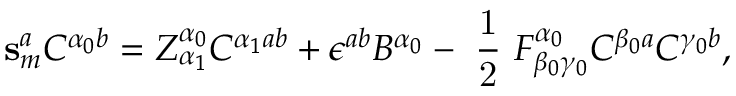
\mathbf { s } _ { m } ^ { a } C ^ { \alpha _ { 0 } b } = Z _ { \alpha _ { 1 } } ^ { \alpha _ { 0 } } C ^ { \alpha _ { 1 } a b } + \epsilon ^ { a b } B ^ { \alpha _ { 0 } } - \mathrm { ~ \frac { 1 } { 2 } ~ } F _ { \beta _ { 0 } \gamma _ { 0 } } ^ { \alpha _ { 0 } } C ^ { \beta _ { 0 } a } C ^ { \gamma _ { 0 } b } ,